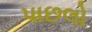
પાછલો